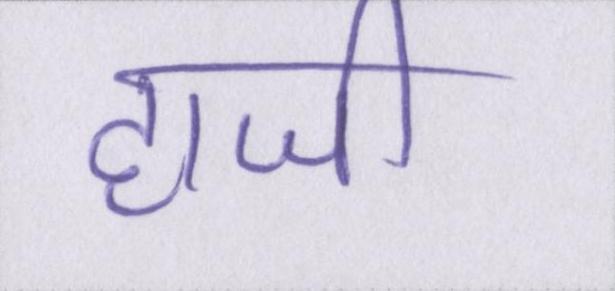
हाजी